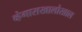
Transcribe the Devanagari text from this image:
व्हेगासखालोखाल